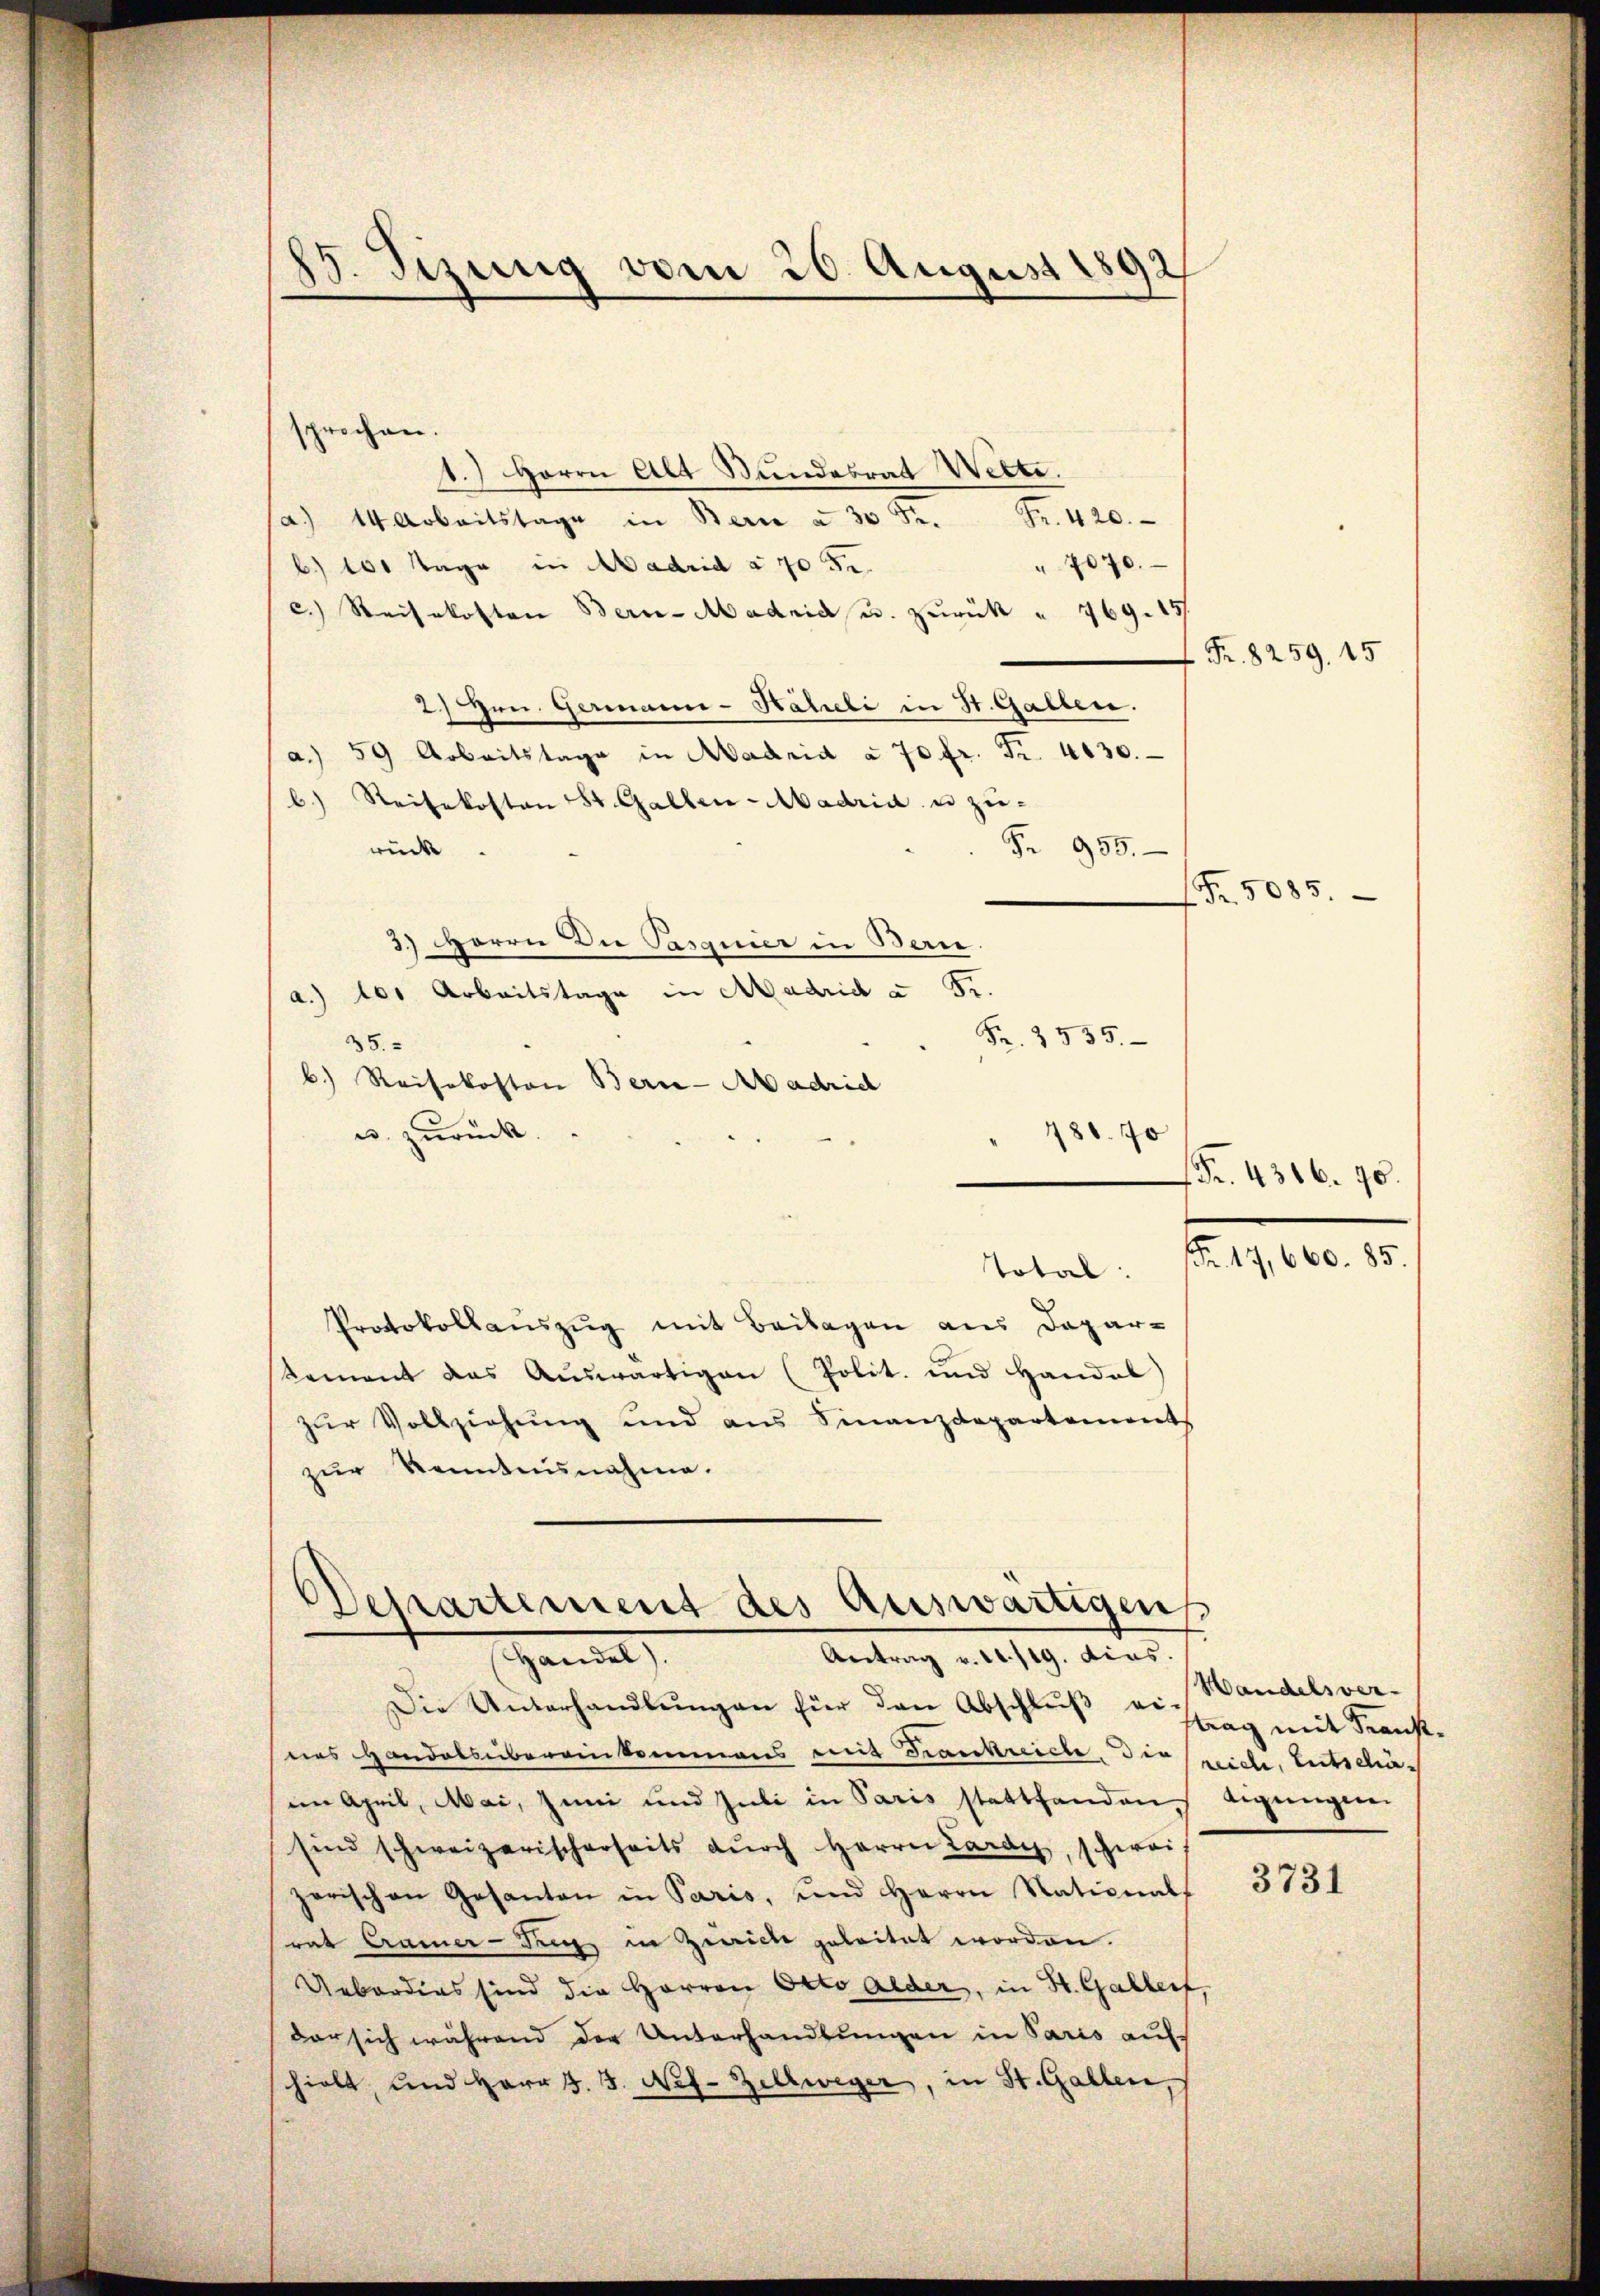
85. Sizung vom 20. August 1892

sprochen.
1.) Herrn Alt Stundesrat Wette.
/a 14 Arbeitstage in Bern à 30 Fr. Fr. 420.
b) 100 Tage in Madrid § 705.
" 7070.
c.) Reisekosten Bern-Madrias u. zurück " 769. 157
2) Gen. Germann-Häheli in St. Gallen.
a. 59 Arbeitstage in Madrid à 70 fr. Fr. 4630.
b) Reisekosten St. Gallen-Madria u zu-
Fr. 955.
rück
3.) Herrn Die Pasquier in Bern.
a.) der Arbeitstage in Madrid à Fr.
Fr. 3535.
35.
b) Reisekosten Berne-Aadridl
u. zurück.
486. 70
Total:
Protokollauszug mit Beilagen aus Depar-
Rement das Aŭswärtigen (Polit. und Handel
zŭr Vollziehŭng und ans Finanzdepartements
zur Kenntnisnahme.
Dessartement des Auswärtigens
Antrag v. M. 119. dies.
Handel
Die Unterhandlungen für den Abschluß verstag mit Kranknes Handelsübereinkommens mit Frankreiche, die spiele, Entschäim April, Mai, Juni und Juli in Paris stattfanden ligungen
sind schweizerischerseits dŭrch Herrn Lardy, schwei
zerischen Gesanten in Paris, und Herrn Nationals
rat Cramer-Trig in Zwicke geleitet worden.
Uebordias sind die Herren Otto Alder, in St. Gallerf,
der sich während der Unterhandlungen in Paris auf
hielt, und Herr J. J. Nef- Zellweger, in St. Gallen,

Fr. 4316. 70.

Fr. 8259. 15

Fr. 5085.

Fr. 17,660. 85.

Handelsver-

3731